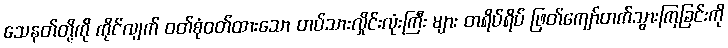
သေနတ်တို့ကို ကိုင်လျက် ဝတ်စုံဝတ်ထားသော တပ်သားလှိုင်းလုံးကြီး များ တရိပ်ရိပ် ဖြတ်ကျော်တက်သွားကြခြင်းကို